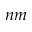
n m